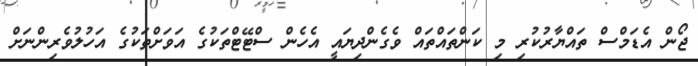
ޖޯން އެޑަމްސް ތައްޔާރުކުރި މި ކަންތައްތައް ވެގެންދިޔައީ އެހެން ސްޓޭޓްތަކުގެ އަވަށްތަކުގެ އަހުލުވެރިންނަށް